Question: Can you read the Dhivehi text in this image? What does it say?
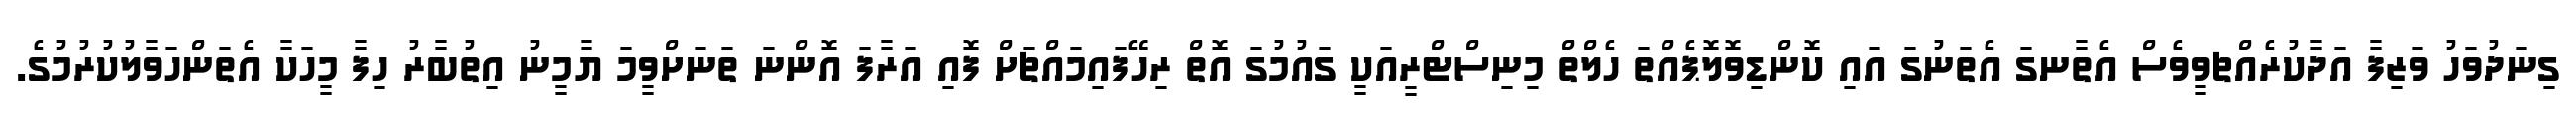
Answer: ގިނަދުވަހު ވަޒިފާ އަދާކުރެއްޗވީވެސް އެތާނގަ އެތަނުގަ އައި ކޮންޑިވޮލޮޕެއްތަ ހެލްތް މިނިސްޓްރީއަކީ ގައުމުގަ އޮތް ރިހޭފައިމައްޗަށް ފޮއި އަރާފަ އޮންނަ ތަނަށްވީމަ ޔާމީނު އިތުބާރު ހިފާ މީހަކާ އެތަންހަވާލުކުރުމުގެ.